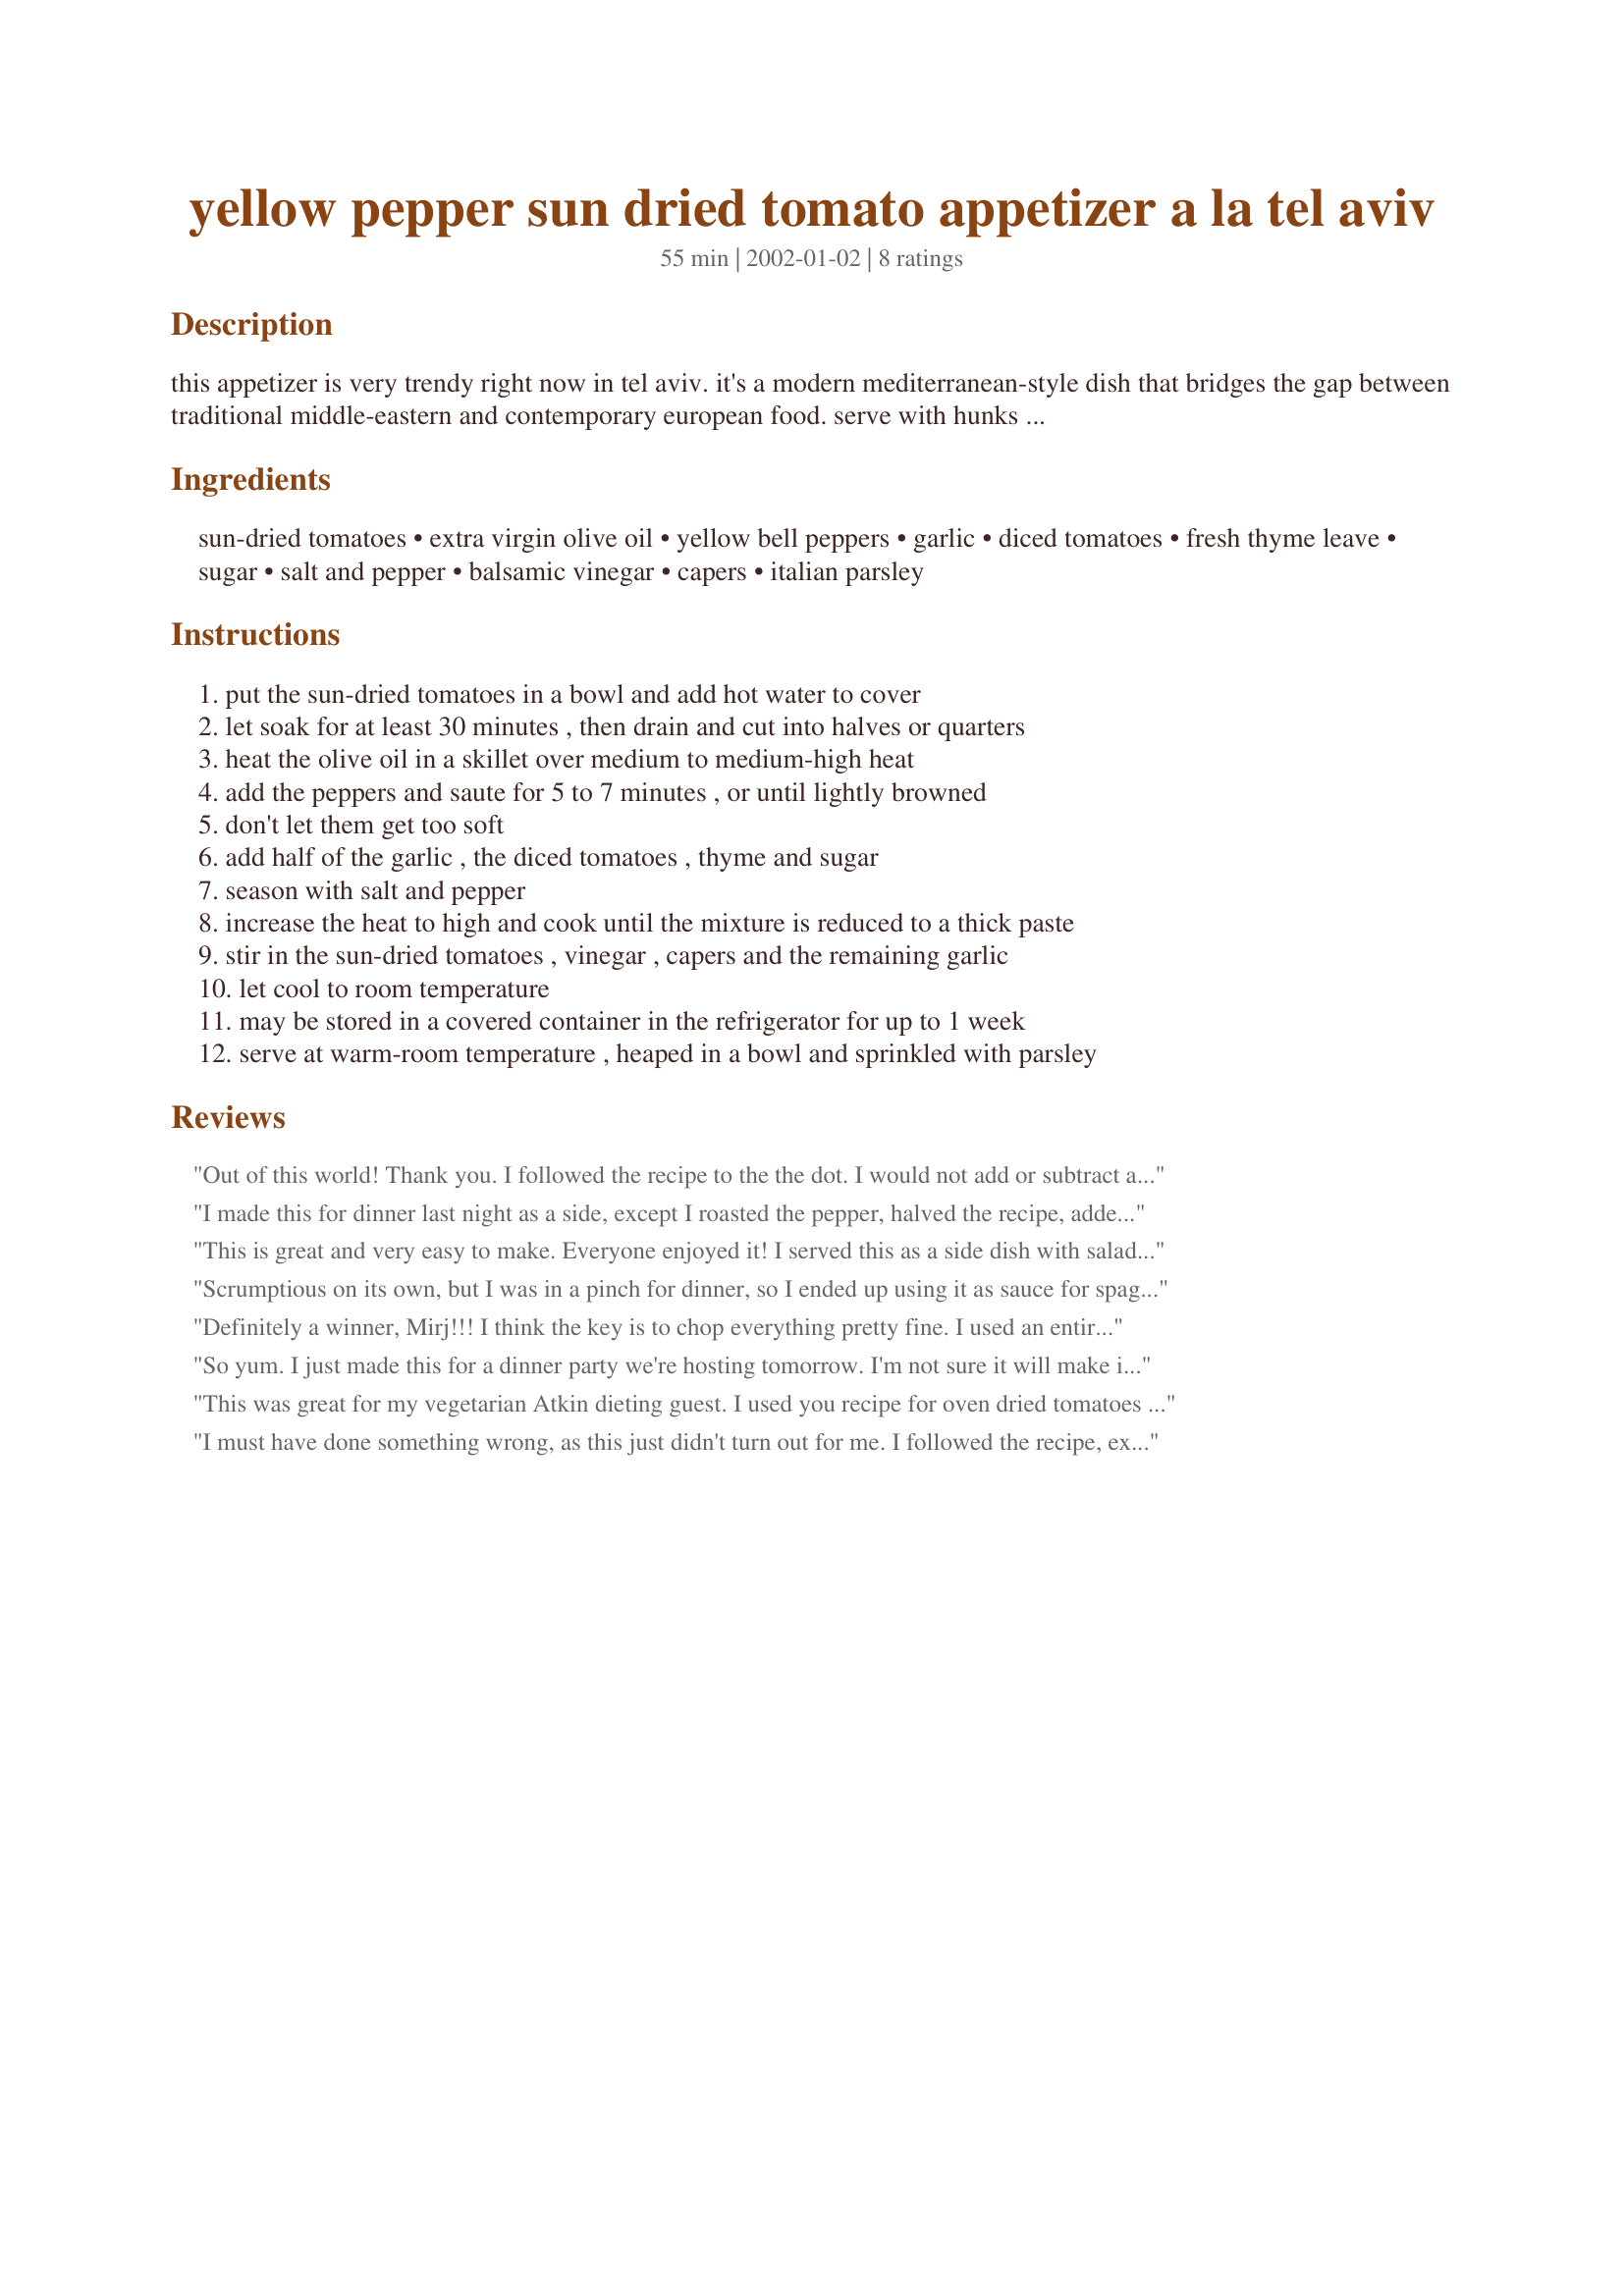
yellow pepper sun dried tomato appetizer a la tel aviv
Preparation time: 55 minutes

this appetizer is very trendy right now in tel aviv. it's a modern mediterranean-style dish that bridges the gap between traditional middle-eastern and contemporary european food. serve with hunks of country-style bread.

Ingredients:
sun-dried tomatoes, extra virgin olive oil, yellow bell peppers, garlic, diced tomatoes, fresh thyme leave, sugar, salt and pepper, balsamic vinegar, capers, italian parsley

Steps:
put the sun-dried tomatoes in a bowl and add hot water to cover, let soak for at least 30 minutes , then drain and cut into halves or quarters, heat the olive oil in a skillet over medium to medium-high heat, add the peppers and saute for 5 to 7 minutes , or until lightly browned, don't let them get too soft, add half of the garlic , the diced tomatoes , thyme and sugar, season with salt and pepper, increase the heat to high and cook until the mixture is reduced to a thick paste, stir in the sun-dried tomatoes , vinegar , capers and the remaining garlic, let cool to room temperature, may be stored in a covered container in the refrigerator for up to 1 week, serve at warm-room temperature , heaped in a bowl and sprinkled with parsley

Reviews:
Out of this world! Thank you. I followed the recipe to the the dot. I would not add or subtract anything, perfect as it is. Thank you!!! Mirj
I made this for dinner last night as a side, except I roasted the pepper, halved the recipe, added in chopped mushroom stems and stuffed the filling in the mushrooms. Kept well overnight in the fridge (I did prep work the day prior) and I think the flavors married well. I quickly baked them for about 7 mins at 350*F and sprinkled some fat free feta on top. The results: UNANIMOUS - BETTER than the MAIN dish!! NEXT time, I'mm make the full recipe, stuff portabellas, and serve as the main. Yum! Yum!! YUM!!! And healthy too!
This is great and very easy to make. Everyone enjoyed it! I served this as a side dish with salad, humous and stuffed vine leaves. Lovely! Will definately make again.
Scrumptious on its own, but I was in a pinch for dinner, so I ended up using it as sauce for spaghetti. My DH raved! Here's the shortcuts I took: used marinated sun-dried tomatoes which was a big time saver, 1/2 t dried thyme, canned tomatoes. I also added more sugar and vinegar, and threw in some oil cured black olives (wrinkly kind) that I pitted with my handy dandy olive pitter. Thanks for posting this versatile recipe that's bursting with flavor!
Definitely a winner, Mirj!!! I think the key is to chop everything pretty fine. I used an entire jar of sundried tomatoes packed in oil, then used the oil instead of the evoo. I let it cook over a low heat for maybe 45 minutes after it reduced. And, because I made this first thing in the morning and was apparently not quite awake, totally forgot the sugar, garlic and balsamic!!! And it still was a big hit at the party. Served it with pita bread that I cut in triangles and baked for crunchiness. Also had hummus, and some people really got into loading the pita with the hummus and topping it with the dip! I'm always looking for something new and different to bring to parties- and this recipe was it!!!!!!!
So yum.

I just made this for a dinner party we're hosting tomorrow. I'm not sure it will make it till then! :)

I did exactly as the recipe said and couldn't be more pleased with the results. Can't wait to dig into some chunky bread with our guests! 

I'm also very intrigued by the stuffed mushroom idea. Mmmm... 

The hubby also thought this filling would be good in a calzone! 

Thanks Mirj!!
This was great for my vegetarian Atkin dieting guest. I used you recipe for oven dried tomatoes instead of sun dried tomatoes. I cut back a little on the seasoning and it was great. Didn't have any capers ot add, but didn't miss them.
I must have done something wrong, as this just didn't turn out for me. I followed the recipe, except my peppers didn't brown nor did the mixture turn into a thick paste? My mixture was actually burning so I ended up puree the final mixture. As a personal preference, I just felt something was missing, maybe it needs time to sit and the flavours blend. Thank you posting this recipe.
